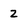
Character: 2